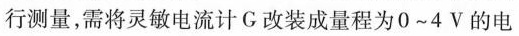
行测量，需将灵敏电流计G改装成量程为0~4V的电